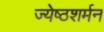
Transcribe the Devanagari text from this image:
ज्येष्ठशर्मन